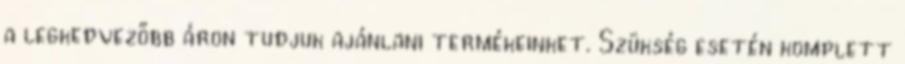
a legkedvezőbb áron tudjuk ajánlani termékeinket. Szükség esetén komplett